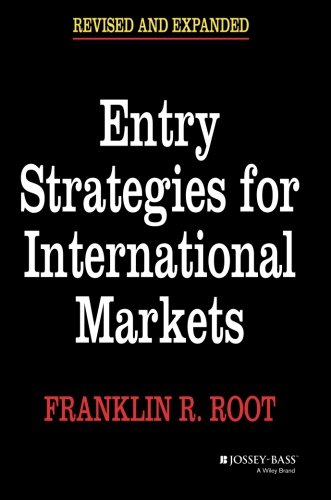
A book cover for Entry Strategies for International Markets; Franklin R. Root; Business & Money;